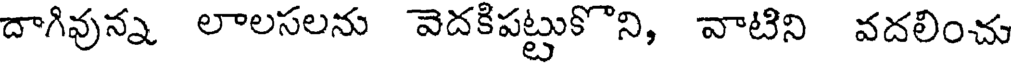
దాగివున లాలసలను వెదకిపట్టుకొని, వాటిని వదలించు